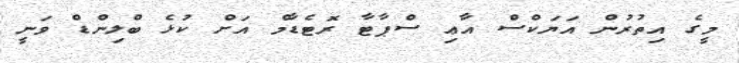
މީގެ އިތުރުން އަޔަކްސް އާޢި ސްޕާޓާ ރޮޓެޑާމް އަށް ކުޅެ ބްލިންޑް ވަނީ